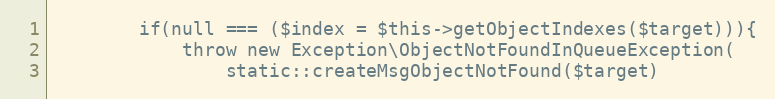
Language: PHP
        if(null === ($index = $this->getObjectIndexes($target))){
            throw new Exception\ObjectNotFoundInQueueException(
                static::createMsgObjectNotFound($target)